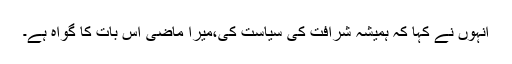
انہوں نے کہا کہ ہمیشہ شرافت کی سیاست کی،میرا ماضی اس بات کا گواہ ہے۔